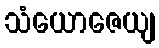
သံယောဇေယျ